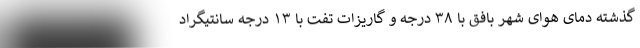
گذشته دمای هوای شهر بافق با ۳۸ درجه و گاریزات تفت با ۱۳ درجه سانتیگراد